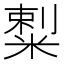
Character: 𥻌